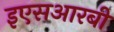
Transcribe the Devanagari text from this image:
इएसआरबी